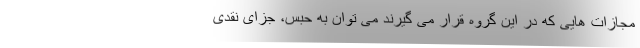
مجازات هایی که در این گروه قرار می گیرند می توان به حبس، جزای نقدی